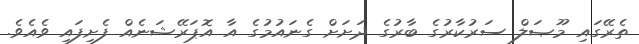
ތެރޭގައި މޫޞަލް ސަރުކާރުގެ ބާރުގެ ދަށަށް ގެނައުމުގެ އާ އޮޕަރޭޝަނެއް ފެށިފައި ވެއެވެ.